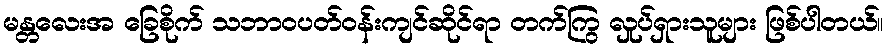
မန္တလေးအ ခြေစိုက် သဘာဝပတ်ဝန်းကျင်ဆိုင်ရာ တက်ကြွ လှုပ်ရှားသူများ ဖြစ်ပါတယ်။